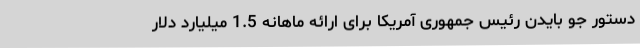
دستور جو بایدن رئیس جمهوری آمریکا برای ارائه ماهانه 1.5 میلیارد دلار